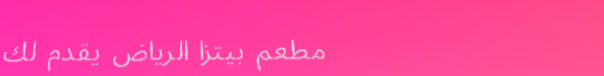
مطعم بيتزا الرياض يقدم لك